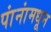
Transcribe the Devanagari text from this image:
पांनांमधून